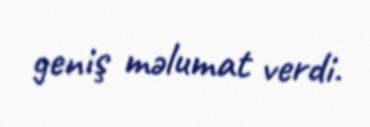
geniş məlumat verdi.